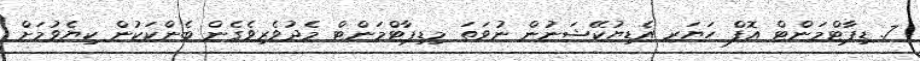
7. ޑިޕާޓްމަންޓް އޮފް ހަޔަރ އެޑިޔުކޭޝަނުން ނުވަތަ މިޑިޕާޓްމަންޓް މެދުވެރިވެގެން ބެންކަކުން ކިޔެވުމަށް